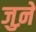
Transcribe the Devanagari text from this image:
जुऩे